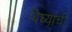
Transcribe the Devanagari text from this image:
बिघ्यांची